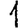
Digit: 1